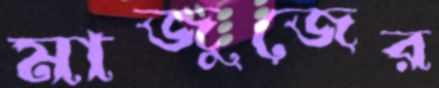
মাজুজের